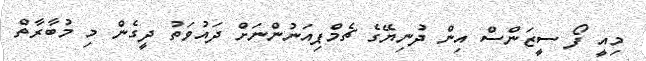
މިއީ ފޯ ސީޒަންސް އިން ދުނިޔޭގެ ޗެމްޕިއަނުންނަށް ދައުވަތު ދީގެން މި މުބާރާތް